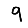
Digit: 9